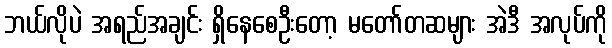
ဘယ်လိုပဲ အရည်အချင်း ရှိနေစေဦးတော့ မတော်တဆများ အဲဒီ အလုပ်ကို